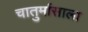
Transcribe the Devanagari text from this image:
चातुर्मासाला